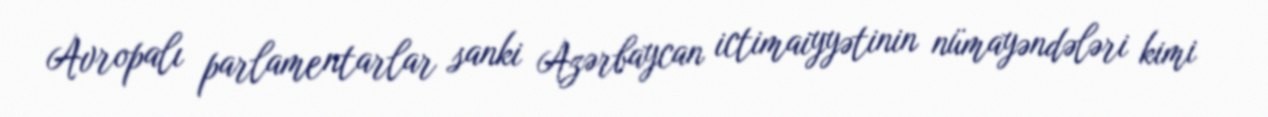
Avropalı parlamentarlar sanki Azərbaycan ictimaiyyətinin nümayəndələri kimi